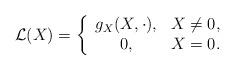
LaTeX: \begin{align*}\mathcal{L}(X)=\left\{\begin{array}{cc} g_X(X,\cdot), & X\not=0, \\ 0, & X=0. \end{array}\right.\end{align*}